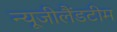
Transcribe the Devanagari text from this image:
न्यूजीलैंडटीम